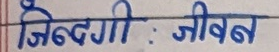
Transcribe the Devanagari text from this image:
जिन्दगी : जीवन